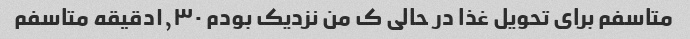
متاسفم برای تحویل غذا در حالی ‌ک من نزدیک بودم ۱٫۳۰دقیقه متاسفم